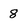
Character: 8